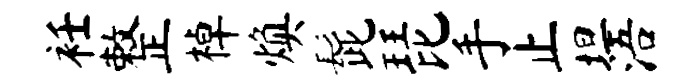
衽整棹焕髭琵手止坦浯